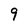
Character: 9